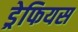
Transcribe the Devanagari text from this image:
ड्रेफियस